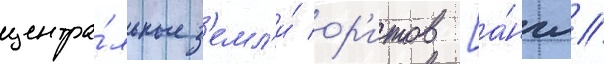
центра́льные з'емл'и́ ор'итов [а́нгл.